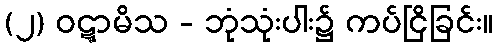
(၂) ဝဋ္ဋာမိသ - ဘုံသုံးပါး၌ ကပ်ငြိခြင်း။